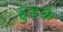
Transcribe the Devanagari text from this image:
हुड़के